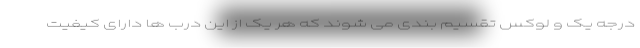
درجه یک و لوکس تقسیم بندی می شوند که هر یک از این درب ها دارای کیفیت